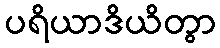
ပရိယာဒိယိတွာ